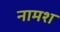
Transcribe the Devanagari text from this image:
नामश